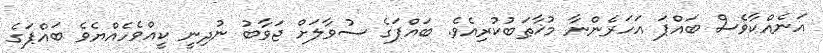
އަނެއްކާވެސް ބައްޕަ އަހަރެންނާ މުޚާޠަބުކުރިއެވެ. ބައްޕަގެ ސުވާލަށް ޖަވާބު ނުދިނީ ކީއްވެހެއްޔެވެ ބައްޕަގެ